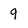
Character: 9